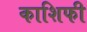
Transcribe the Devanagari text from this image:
काशिफी